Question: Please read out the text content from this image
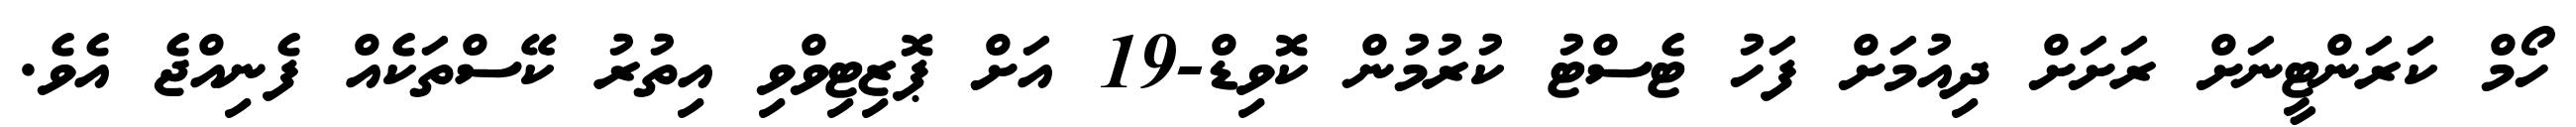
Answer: ހޯމް ކަރަންޓީނަށް ރަށަށް ދިއުމަށް ފަހު ޓެސްޓު ކުރުމުން ކޮވިޑް-19 އަށް ޕޮޒިޓިވްވި އިތުރު ކޭސްތަކެއް ފެނިއްޖެ އެވެ.